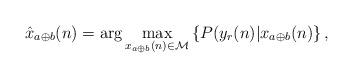
LaTeX: \begin{align*} \hat x_{a \oplus b}(n) = {\rm arg} \max_{x_{a \oplus b}(n) \in \mathcal{M} } \left\{ P(y_r(n)|x_{a\oplus b}(n) \right\},\end{align*}